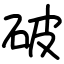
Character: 破